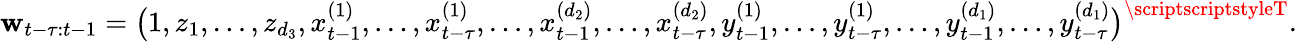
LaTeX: \mathbf{w}_{t-\tau:t-1}=\big(1,z_{1},\dots,z_{d_{3}},x_{t-1}^{(1)},\dots,x_{t-\tau}^{(1)},\dots,x_{t-1}^{(d_{2})},\dots,x_{t-\tau}^{(d_{2})},y_{t-1}^{(1)},\dots,y_{t-\tau}^{(1)},\dots,y_{t-1}^{(d_{1})},\dots,y_{t-\tau}^{(d_{1})}\big)^{\mathrm{{\scriptscriptstyleT}}}.